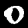
Label: 0